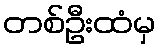
တစ်ဦးထံမှ